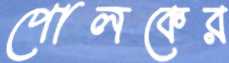
পোলকের